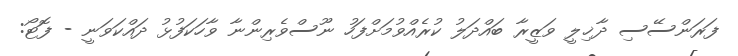
ފަރަންސޭސި ދާޚިލީ ވަޒީރާ ބައްދަލު ކުރެއްވުމަށްފަހު ނޫސްވެރިންނާ ވާހަކަފުޅު ދައްކަވަނީ - ފޮޓޯ: